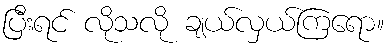
ပြီးရင် လိုသလို ချယ်လှယ်ကြရော။